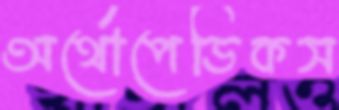
অর্থোপেডিকস